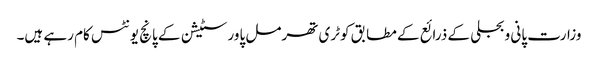
وزارت پانی و بجلی کے ذرائع کے مطابق کوٹری تھرمل پاور سٹیشن کے پانچ یونٹس کام رہے ہیں۔